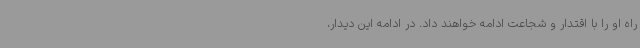
راه او را با اقتدار و شجاعت ادامه خواهند داد. در ادامه این دیدار،